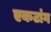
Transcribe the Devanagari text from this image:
एकटांग